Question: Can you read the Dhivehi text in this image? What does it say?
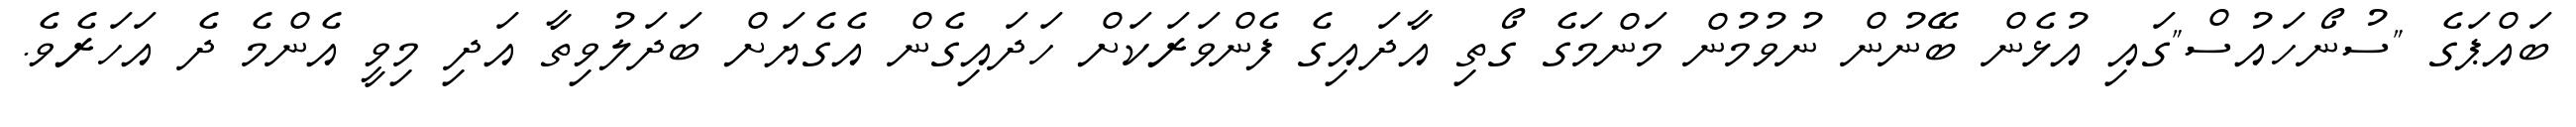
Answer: ބައްޕަގެ "ސުނޯހައުސް"ގައި އުޅެން ބޭނުން ނުވުމުން މަންމަގެ ގޯތި އާދައިގެ ފެންވަރަކަށް ހަދައިގެން އެގެޔަށް ބަދަލުވިތާ އަދި މިވީ އެންމެ ދެ އަހަރެވެ.